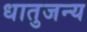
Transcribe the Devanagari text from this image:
धातुजन्य